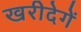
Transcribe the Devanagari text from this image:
खरीदेगें